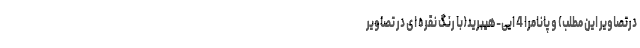
درتصاویر این مطلب) و پانامرا 4 ایی-هیبرید(با رنگ نقره ای در تصاویر